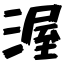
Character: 渥